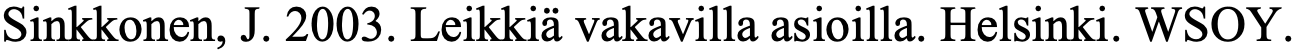
Sinkkonen, J. 2003. Leikkiä vakavilla asioilla. Helsinki. WSOY.